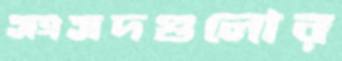
সংসদগুলোর